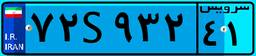
۹۸S۳۲۸۱۱